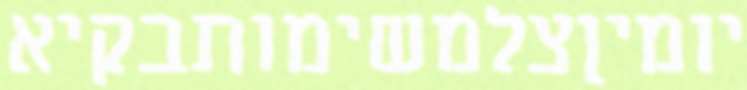
יומיןצלמשימותבקיא